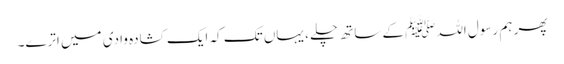
پھر ہم رسول اللہﷺ کے ساتھ چلے ، یہاں تک کہ ایک کشادہ وادی میں اترے۔